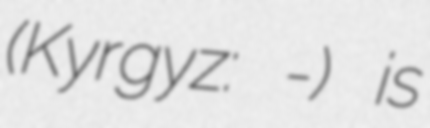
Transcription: (Kyrgyz: Чаңгыр-Таш) is